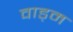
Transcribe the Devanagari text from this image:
वाड्म